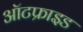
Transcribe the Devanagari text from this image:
ऑटफ्राइड